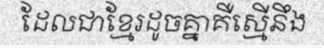
ដែលជាខ្មែរដូចគ្នាគឺស្មើនឹង